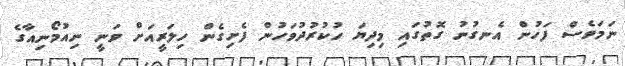
ނަމަވެސް ފަހުން އެނގުނު ގޮތުގައި މިދިޔަ ހުކުރުދުވަހުން ފެށިގެން ހިލަރީއަށް ވަނީ ނިއުމޯނިއާގެ